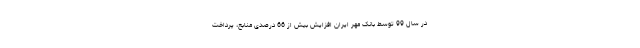
در سال 99 توسط بانک مهر ایران افزایش بیش از 66 درصدی منابع، پرداخت